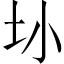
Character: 𫭚